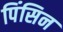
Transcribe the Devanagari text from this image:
पिंसिन